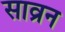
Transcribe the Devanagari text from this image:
साव्रन